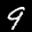
Label: 9